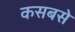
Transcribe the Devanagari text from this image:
कसबसे